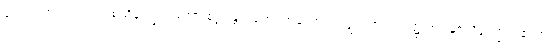
လေးလတွင်းဝယ် တစ်သိန်းကြွယ်သော စူဠပန္ထကထေရ်အလောင်းဝတ္ထု။ ဇာတက၌ကား နှစ်သိန်းကြွယ်၏ဟု